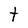
Character: t